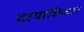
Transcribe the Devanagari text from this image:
दायाधिकार